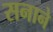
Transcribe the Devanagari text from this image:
सनाने